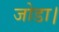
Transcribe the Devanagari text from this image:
जोडा।